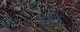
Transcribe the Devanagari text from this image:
भुजलिया